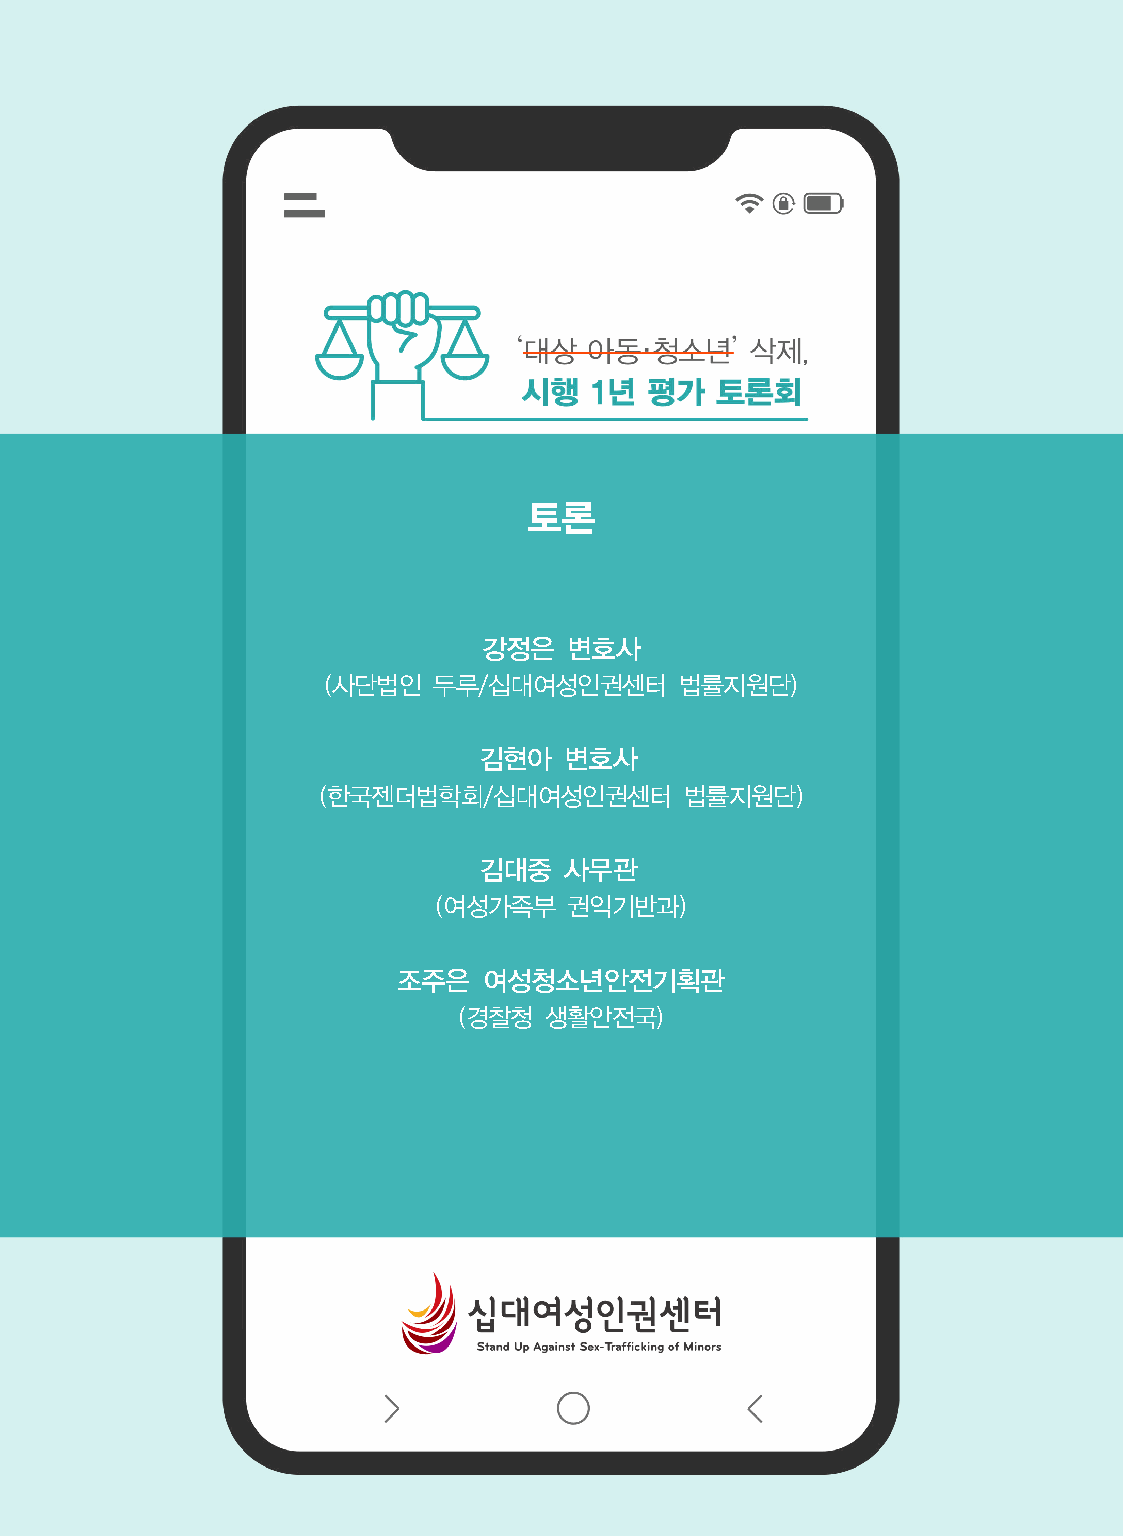
토론
 강정은   변호사
 (사단법인  두루/십대여성인권센터     법률지원단)
 김현아   변호사
 (한국젠더법학회/십대여성인권센터       법률지원단)
 김대중   사무관
 (여성가족부   권익기반과)
 조주은   여성청소년안전기획관
 (경찰청 생활안전국)